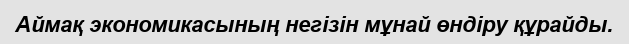
Аймақ экономикасының негізін мұнай өндіру құрайды.